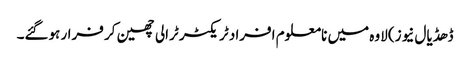
ڈھڈیال نیوز) لاوہ میں نامعلوم افراد ٹریکٹر ٹرالی چھین کر فرار ہوگئے۔